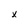
Character: X